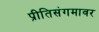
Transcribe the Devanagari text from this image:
प्रीतिसंगमावर